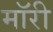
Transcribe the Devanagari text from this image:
मॉरी